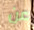
عن